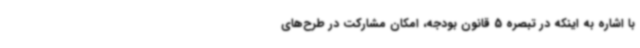
با اشاره به اینکه در تبصره 5 قانون بودجه، امکان مشارکت در طرح‌های